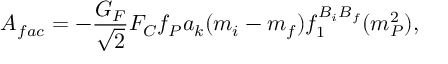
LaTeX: A _ { f a c } = - { \frac { G _ { F } } { \sqrt { 2 } } } F _ { C } f _ { P } a _ { k } ( m _ { i } - m _ { f } ) f _ { 1 } ^ { B _ { i } B _ { f } } ( m _ { P } ^ { 2 } ) ,